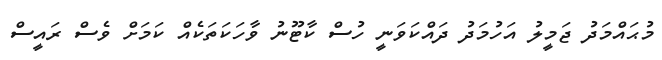
މުޙައްމަދު ޖަމީލު އަހުމަދު ދައްކަވަނީ ހުސް ކާޓޫނު ވާހަކަތަކެއް ކަމަށް ވެސް ރައީސް